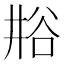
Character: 𫎁